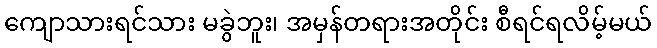
ကျောသားရင်သား မခွဲဘူး၊ အမှန်တရားအတိုင်း စီရင်ရလိမ့်မယ်